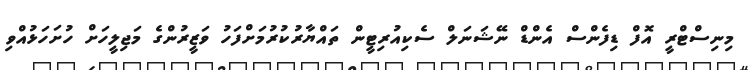
މިނިސްޓްރީ އޮފް ޑިފެންސް އެންޑް ނޭޝަނަލް ސެކިއުރިޓީން ތައްޔާރުކުރުމަށްފަހު ވަޒީރުންގެ މަޖިލީހަށް ހުށަހަޅުއްވި